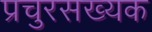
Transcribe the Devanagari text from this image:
प्रचुरसख्यक